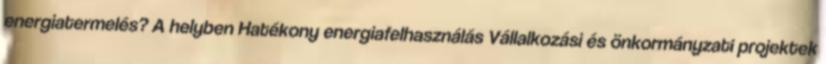
energiatermelés? A helyben Hatékony energiafelhasználás Vállalkozási és önkormányzati projektek